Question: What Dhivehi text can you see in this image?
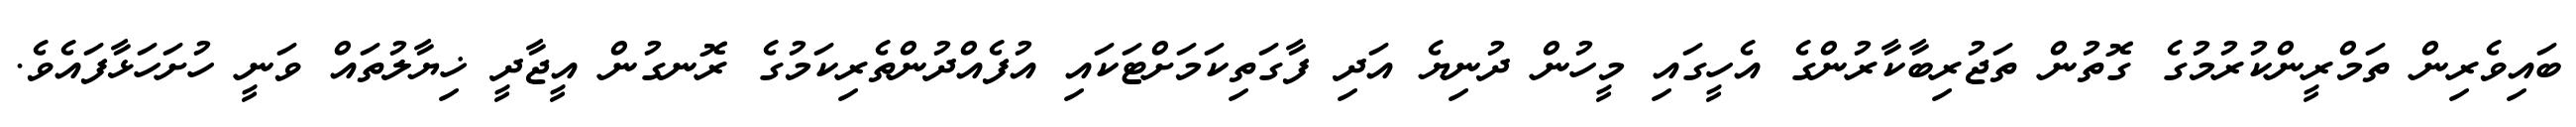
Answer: ބައިވެރިން ތަމްރީންކުރުމުގެ ގޮތުން ތަޖުރިބާކާރުންގެ އެހީގައި މީހުން ދުނިޔެ އަދި ފާގަތިކަމަށްޓަކައި އުފެއްދުންތެރިކަމުގެ ރޮނގުން އީޖާދީ ޚިޔާލުތައް ވަނީ ހުށަހަޅާފައެވެ.